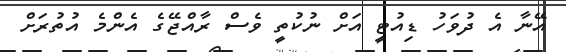
އޭނާ އެ ދުވަހު ޑިއުޓީ އަށް ނުކުތީ ވެސް ރާއްޖޭގެ އެންމެ އުތުރަށް